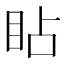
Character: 䀡